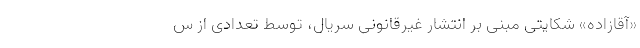
«آقازاده» شکایتی مبنی بر انتشار غیرقانونی سریال، توسط تعدادی از س